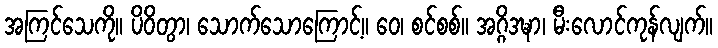
အကြင်သေကို။ ပိဝိတွာ၊ သောက်သောကြောင့်။ ဝေ၊ စင်စစ်။ အဂ္ဂိဒဍ္ဎာ၊ မီးလောင်ကုန်လျက်။